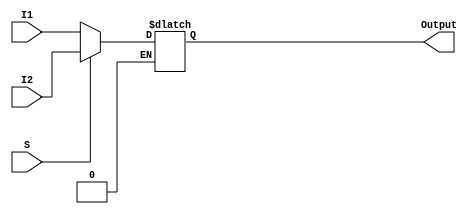
`timescale 1ns / 1ps
//////////////////////////////////////////////////////////////////////////////////
// Company: 
// Engineer: 
// 
// Design Name: 
// Module Name:    MUX 
// Project Name: 
// Target Devices: 
// Tool versions: 
// Description: 
//
// Dependencies: 
//
// Revision: 
// Revision 0.01 - File Created
// Additional Comments: 
//
//////////////////////////////////////////////////////////////////////////////////
module MUX(
    input [31:0] I1,
    input [31:0] I2,
    input S,
    output reg [31:0] Output
    );
	 
	 always @(I1 or I2 or S)
		begin			
			if(S == 0)
				Output = I1;
			else if(S == 1)
				Output = I2;
				
		end


endmodule